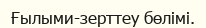
Ғылыми-зерттеу бөлімі.